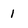
Character: 1